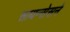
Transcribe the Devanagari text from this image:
सायन्सेसने